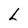
Character: L